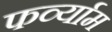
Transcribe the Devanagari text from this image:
फर्व्याम